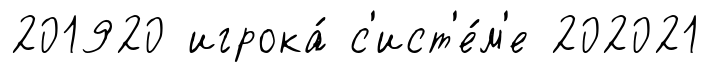
201920 игрока́ с'ист'е́м'е 202021